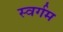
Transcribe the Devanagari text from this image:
स्वर्गम